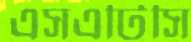
এসএটিসি